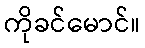
ကိုခင်မောင်။